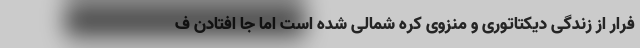
فرار از زندگی دیکتاتوری و منزوی کره شمالی شده است اما جا افتادن ف